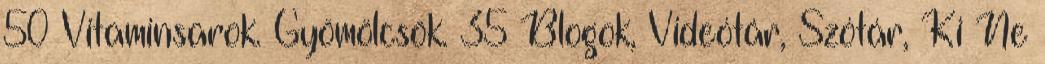
50 Vitaminsarok. Gyömölcsök. 35 Blogok, Videótár, Szótár, Ki Ne